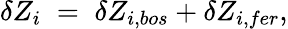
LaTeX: \delta Z_{i}\; =\; \delta Z_{i,bos}+\delta Z_{i,fer},